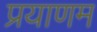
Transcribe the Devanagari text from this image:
प्रयाणम